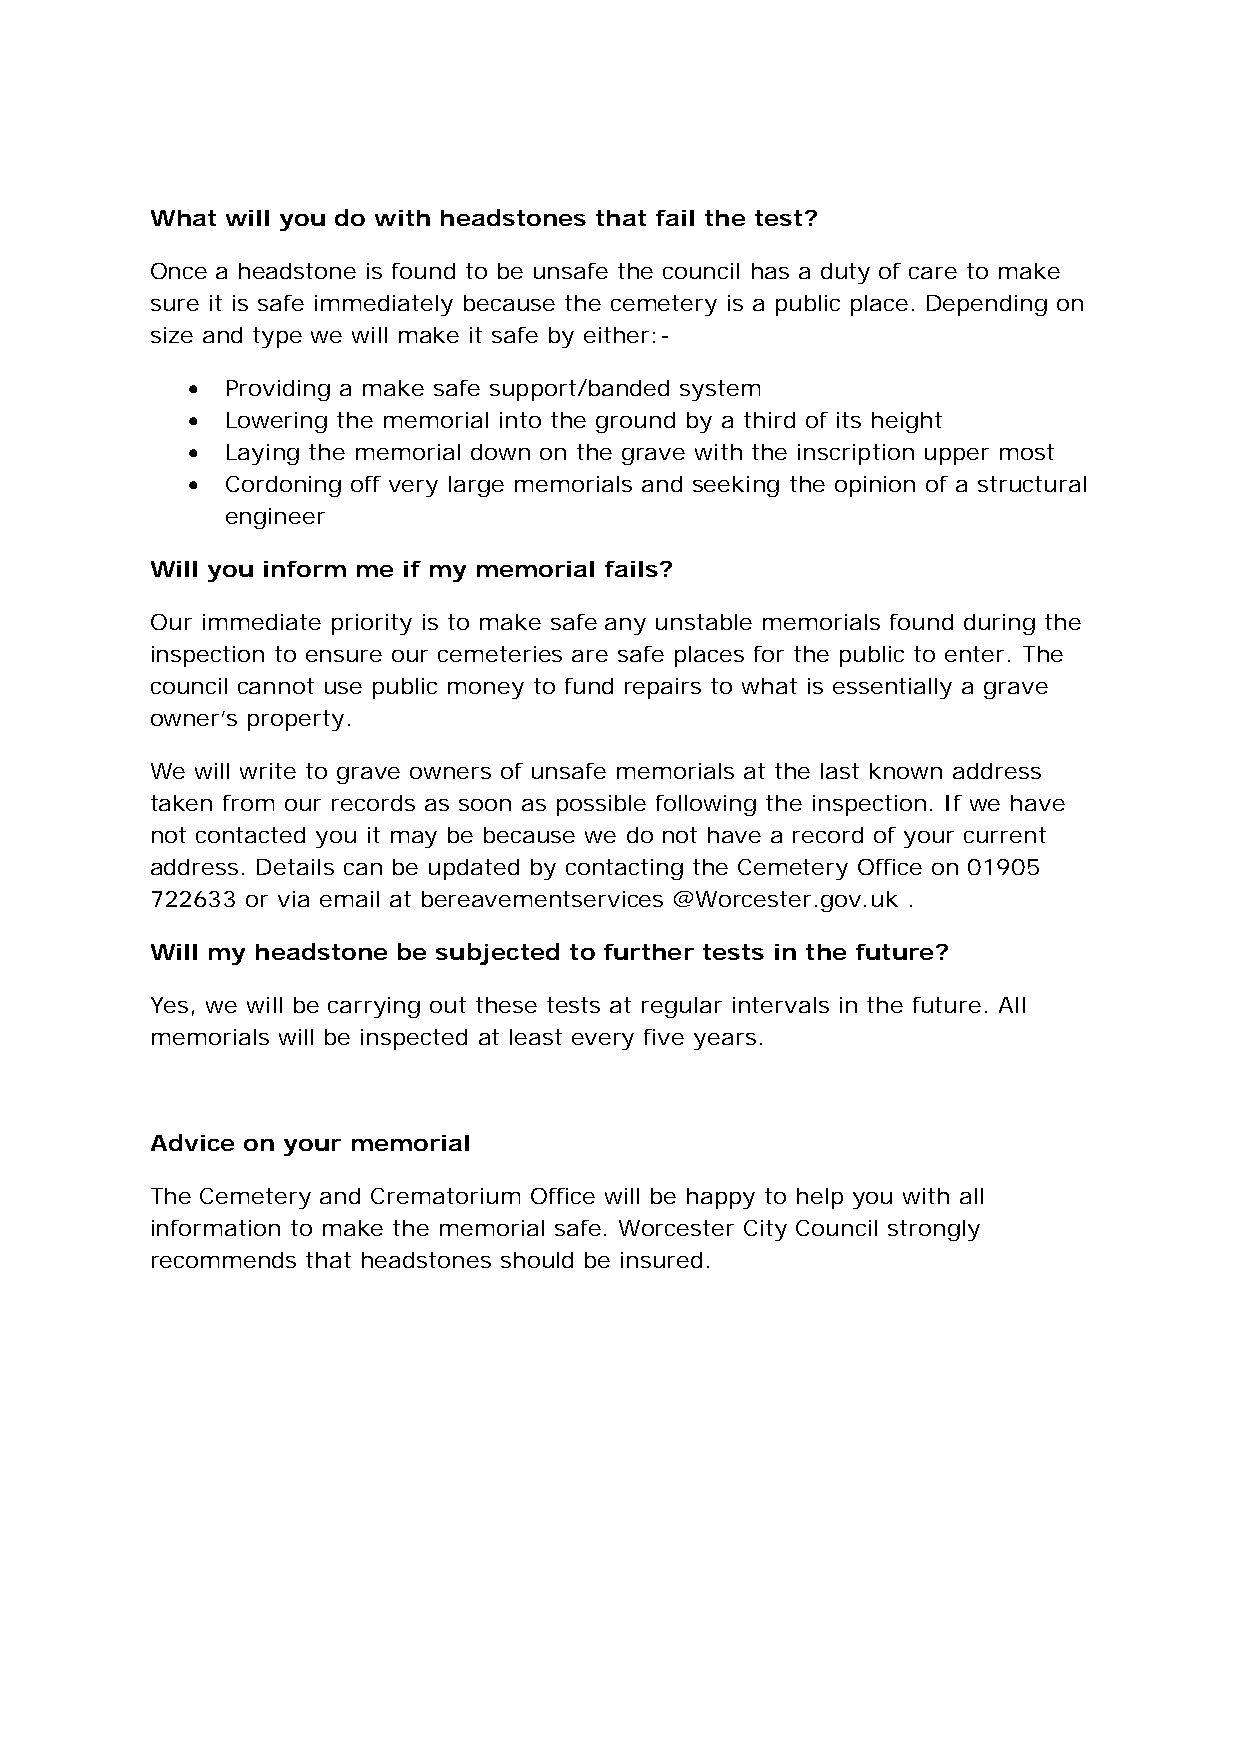
What will you do with headstones that fail the test?
 Once a headstone is found to be unsafe the council has a duty of care to make
 sure it is safe immediately because the cemetery is a public place. Depending on
 size and type we will make it safe by either:-
   Providing a make safe support/banded system
   Lowering the memorial into the ground by a third of its height
   Laying the memorial down on the grave with the inscription upper most
   Cordoning off very large memorials and seeking the opinion of a structural
 engineer
 Will you inform me if my memorial fails?
 Our immediate priority is to make safe any unstable memorials found during the
 inspection to ensure our cemeteries are safe places for the public to enter. The
 council cannot use public money to fund repairs to what is essentially a grave
 owner’s property.
 We will write to grave owners of unsafe memorials at the last known address
 taken from our records as soon as possible following the inspection. If we have
 not contacted you it may be because we do not have a record of your current
 address. Details can be updated by contacting the Cemetery Office on 01905
 722633 or via email at bereavementservices @Worcester.gov.uk .
 Will my headstone be subjected to further tests in the future?
 Yes, we will be carrying out these tests at regular intervals in the future. All
 memorials will be inspected at least every five years.
 Advice on your memorial
 The Cemetery and Crematorium Office will be happy to help you with all
 information to make the memorial safe. Worcester City Council strongly
 recommends that headstones should be insured.